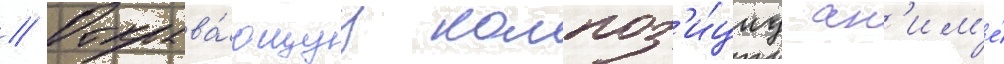
// Открыва́ющуу композ'и́циу ан'им'е́